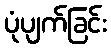
ပုံပျက်ခြင်း